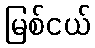
မြစ်ငယ်